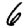
Digit: 6